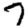
Digit: 7